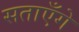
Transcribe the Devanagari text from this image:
सताएँगे